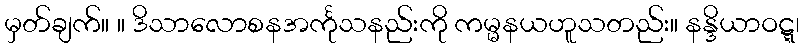
မှတ်ချက်။ ။ ဒိသာလောစနအင်္ကုသနည်းကို ကမ္မနယဟူသတည်း။ နန္ဒိယာဝဋ္ဋ၊